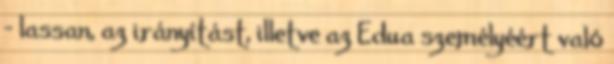
- lassan, az irányítást, illetve az Edua személyéért való